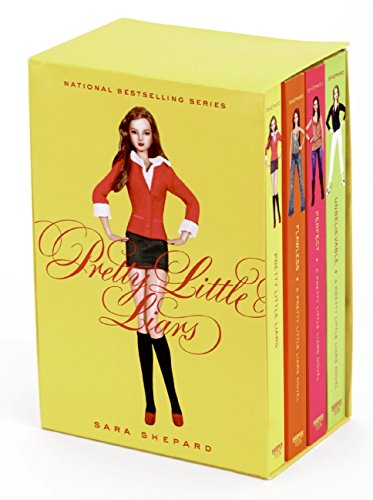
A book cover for Pretty Little Liars Box Set: Books 1 to 4; Sara Shepard; Teen & Young Adult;